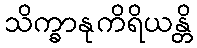
သိက္ခာနုကိရိယန္တိ